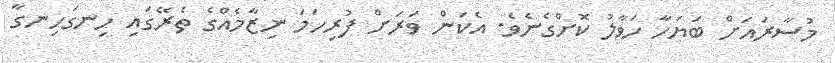
މުސާރައަށް ބަޔަހާ ހަވާލު ކޮށްގެނެވެ. އެކަން ވަރަށް ފުރިހަމަ ނިޒާމެއްގެ ތެރޭގައި ހިނގަހިނގާ